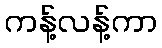
ကန့်လန့်ကာ